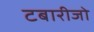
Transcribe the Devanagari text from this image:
टबारीजो